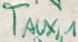
Text: TAUX,1